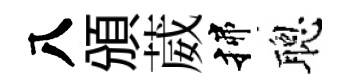
八頒葳揲聰